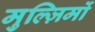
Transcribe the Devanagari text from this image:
मुल्ज़िमों